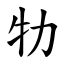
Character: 牞